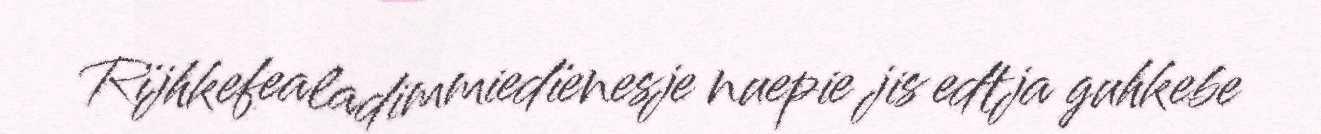
Rïjhkefealadimmiedïenesje nuepie jis edtja guhkebe